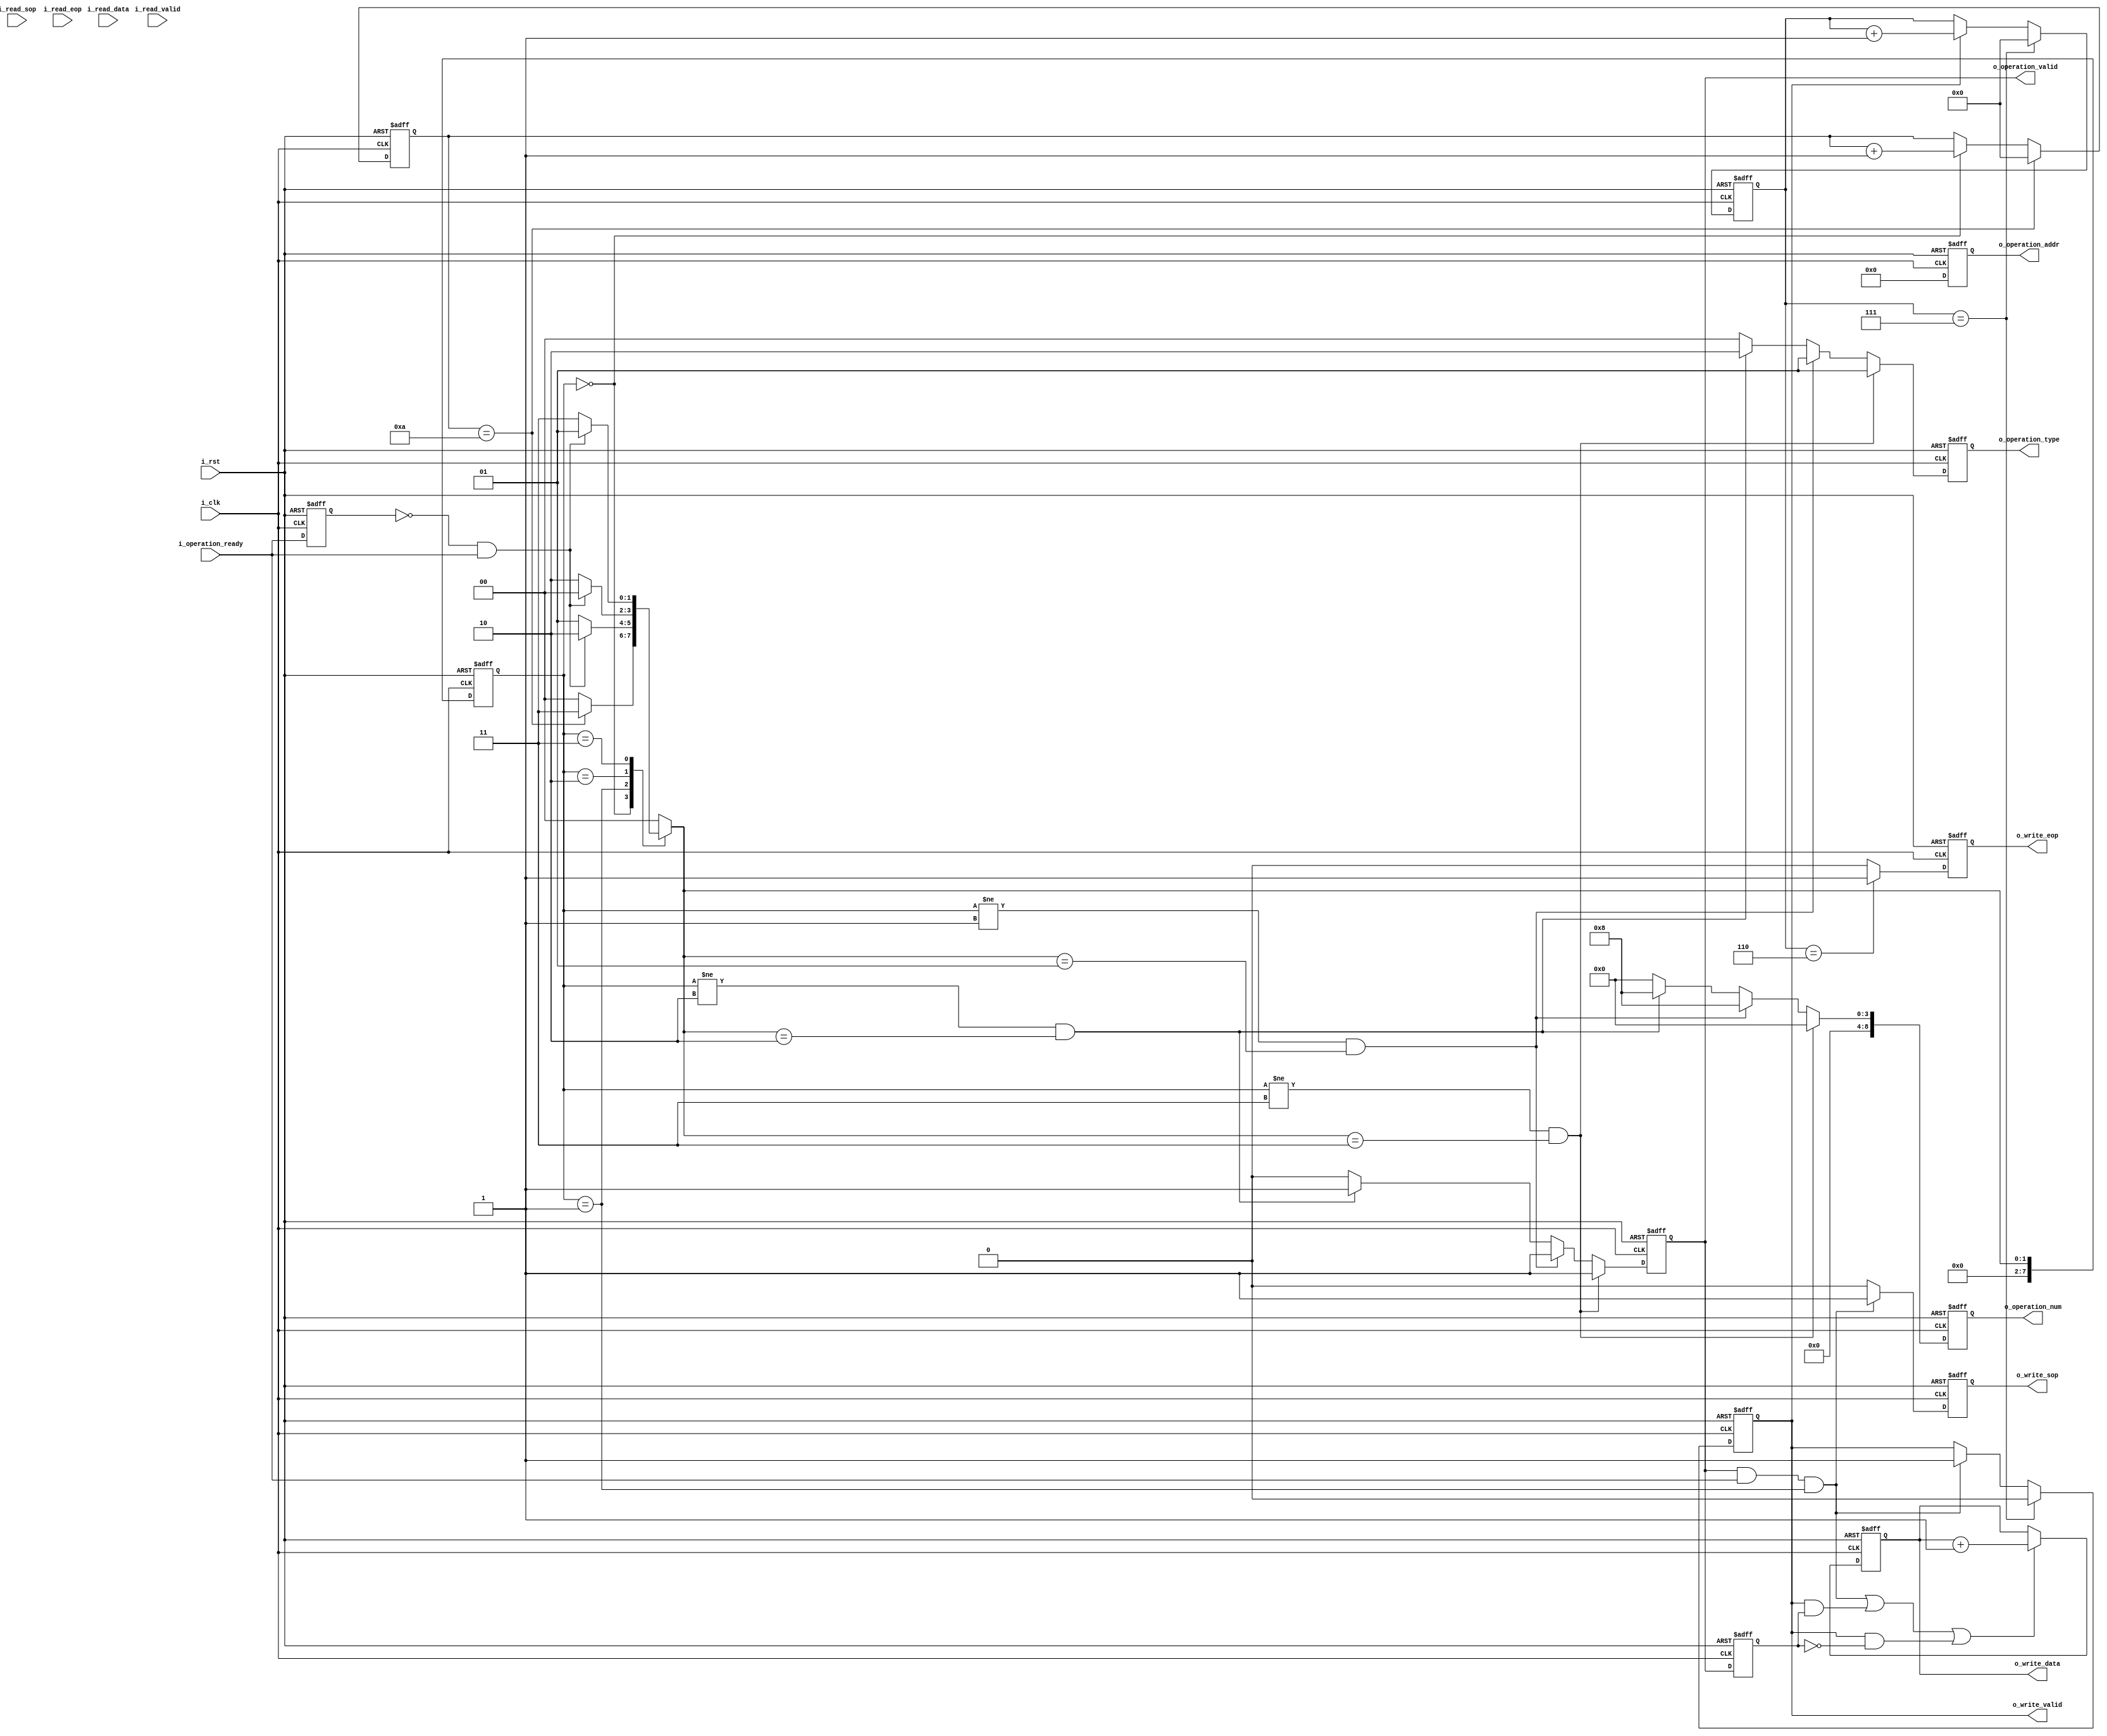
// FLASH_DRIVE

module user_gen_data(
    input                               i_clk                               ,
    input                               i_rst                               ,

    /*----  ----*/
    output  [1 :0]                      o_operation_type                    ,
    output  [23:0]                      o_operation_addr                    ,
    output  [8 :0]                      o_operation_num                     ,
    output                              o_operation_valid                   ,
    input                               i_operation_ready                   ,

    output  [7 :0]                      o_write_data                        ,
    output                              o_write_sop                         ,
    output                              o_write_eop                         ,
    output                              o_write_valid                       ,

    input [7 :0]                        i_read_data                         ,
    input                               i_read_sop                          ,
    input                               i_read_eop                          ,
    input                               i_read_valid                        
);

/*
always@(posedge i_clk or posedge i_rst)
begin
    if (i_rst)

    else if ()

    else if ()

    else 

end
*/

// 
reg [1 :0]                                                                  ro_operation_type                                                                           ;
reg [23:0]                                                                  ro_operation_addr                                                                           ;
reg [8 :0]                                                                  ro_operation_num                                                                            ;
reg                                                                         ro_operation_valid                                                                          ;
                                                                    
reg [7 :0]                                                                  ro_write_data                                                                               ;
reg                                                                         ro_write_sop                                                                                ;
reg                                                                         ro_write_eop                                                                                ;
reg                                                                         ro_write_valid                                                                              ;

// ready
reg                                                                         ri_operation_ready                                                                          ;

// 
reg [7:0]                                                                   r_st_current                                                                                ;
reg [7:0]                                                                   r_st_next                                                                                   ;

// 
reg [15:0]                                                                  r_idle_cnt                                                                                  ;

// 
reg [15:0]                                                                  r_write_cnt                                                                                 ;

// write_valid
reg                                                                         r_operation_valid_1d                                                                        ;

// reg [15:0]                                                                  r_write_num_cnt                                 ;
// reg [15:0]                                                                  r_write_num_cnt                                 ;



// 
wire                                                                        w_operation_active                                                                          ;
// ready
wire                                                                        w_operation_ready_pos                                                                       ;







assign                                                                      o_operation_type    =   ro_operation_type                                                   ;
assign                                                                      o_operation_addr    =   ro_operation_addr                                                   ;
assign                                                                      o_operation_num     =   ro_operation_num                                                    ;
assign                                                                      o_operation_valid   =   ro_operation_valid                                                  ;
assign                                                                      o_write_data        =   ro_write_data                                                       ;
assign                                                                      o_write_sop         =   ro_write_sop                                                        ;
assign                                                                      o_write_eop         =   ro_write_eop                                                        ;
assign                                                                      o_write_valid       =   ro_write_valid                                                      ;

// 
assign                                                                      w_operation_active  =   o_operation_valid & i_operation_ready                               ;

// ready
assign                                                                      w_operation_ready_pos = !ri_operation_ready & i_operation_ready                             ;



// FLASH_DRIVE
localparam                                                                  P_ST_IDLE  = 0                                                                              ,
                                                                            P_ST_WRITE = 1                                                                              ,
                                                                            P_ST_READ  = 2                                                                              ,
                                                                            P_ST_CLEAR = 3                                                                              ;

localparam                                                                  P_TYPE_CLEAR    =   0                                                                       ,
                                                                            P_TYPE_WRITE    =   1                                                                       ,
                                                                            P_TYPE_READ     =   2                                                                       ;

// 
always@(posedge i_clk or posedge i_rst)
begin
    if (i_rst)
        r_st_current <= P_ST_IDLE;
    else 
        r_st_current <= r_st_next;
end

// 
always@(*)
begin
    case(r_st_current)
        P_ST_IDLE   :   r_st_next   =   r_idle_cnt == 10        ?   P_ST_CLEAR  :   P_ST_IDLE       ;
        P_ST_WRITE  :   r_st_next   =   w_operation_ready_pos   ?   P_ST_READ   :   P_ST_WRITE      ;
        P_ST_READ   :   r_st_next   =   w_operation_ready_pos   ?   P_ST_IDLE   :   P_ST_READ       ;
        P_ST_CLEAR  :   r_st_next   =   w_operation_ready_pos   ?   P_ST_WRITE  :   P_ST_CLEAR      ;
        default     :   r_st_next   =   P_ST_IDLE                                                   ;
    endcase
end

// IDLE reg
always@(posedge i_clk or posedge i_rst)
begin
    if (i_rst)
        r_idle_cnt <= 'd0;
    else if (r_idle_cnt == 10)
        r_idle_cnt <= 'd0;
    else if (r_st_current == P_ST_IDLE)
        r_idle_cnt <= r_idle_cnt + 1;
    else 
        r_idle_cnt <= r_idle_cnt;
end


// ready
always@(posedge i_clk or posedge i_rst)
begin
    if (i_rst)
        ri_operation_ready <= 'd1;
    else 
        ri_operation_ready <= i_operation_ready;
end

//   
always@(posedge i_clk or posedge i_rst)
begin
    if (i_rst) begin
        ro_operation_type  <= 'd0;
        ro_operation_addr  <= 'd0;
        ro_operation_num   <= 'd0;
        ro_operation_valid <= 'd0;
    end else if (r_st_current != P_ST_CLEAR && r_st_next == P_ST_CLEAR) begin
        ro_operation_type  <= P_TYPE_WRITE;
        ro_operation_addr  <= 'd0;
        ro_operation_num   <= 'd0;
        ro_operation_valid <= 'd1;
    end else if (r_st_current != P_ST_WRITE && r_st_next == P_ST_WRITE) begin
        ro_operation_type  <= P_TYPE_WRITE;
        ro_operation_addr  <= 'd0;
        ro_operation_num   <= 'd8;
        ro_operation_valid <= 'd1;
    end else if (r_st_current != P_ST_READ && r_st_next == P_ST_READ) begin
        ro_operation_type  <= P_TYPE_READ;
        ro_operation_addr  <= 'd0;
        ro_operation_num   <= 'd8;
        ro_operation_valid <= 'd1;
    end else begin
        ro_operation_type  <= 'd0;
        ro_operation_addr  <= 'd0;
        ro_operation_num   <= 'd0;
        ro_operation_valid <= 'd0;
    end
end


//  
always@(posedge i_clk or posedge i_rst)
begin
    if (i_rst)
        ro_write_valid <= 'd0;
    else if (r_write_cnt == 7)
        ro_write_valid <= 'd0;
    else if (w_operation_active && r_st_current == P_ST_WRITE)
        ro_write_valid <= 'd1;
    else 
        ro_write_valid <= ro_write_valid;
end

// valid  eop 
always@(posedge i_clk or posedge i_rst)
begin
    if (i_rst)
        ro_write_eop <= 'd0;
    else if (r_write_cnt == 6)
        ro_write_eop <= 'd1;
    else 
        ro_write_eop <= 'd0;
end

// cnt
always@(posedge i_clk or posedge i_rst)
begin
    if (i_rst)
        r_write_cnt <= 'd0;
    else if (r_write_cnt == 7)
        r_write_cnt <= 'd0;
    else if (ro_write_valid)
        r_write_cnt <= r_write_cnt + 1; 
    else 
        r_write_cnt <= r_write_cnt;
end

// sop
always@(posedge i_clk or posedge i_rst)
begin
    if (i_rst)
        ro_write_sop <= 'd0;
    else if (w_operation_active && r_st_current == P_ST_WRITE)
        ro_write_sop <= 'd1;
    else 
        ro_write_sop <= 'd0;
end

// 
always@(posedge i_clk or posedge i_rst)
begin
    if (i_rst)
        ro_write_data <= 'd0;
    else if (w_operation_active && r_st_current == P_ST_WRITE || (ro_write_valid && r_operation_valid_1d) || (ro_write_valid && !r_operation_valid_1d))
        ro_write_data <= ro_write_data + 1;
    else 
        ro_write_data <= ro_write_data;
end

// valid
always@(posedge i_clk or posedge i_rst)
begin
    if (i_rst)
        r_operation_valid_1d <= 'd0;
    else 
        r_operation_valid_1d <= ro_operation_valid;
end

endmodule